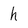
Character: h